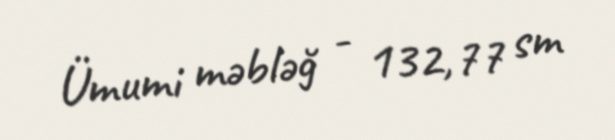
Ümumi məbləğ - 132,77 sm